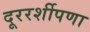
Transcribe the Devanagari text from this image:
दूररर्शीपणा